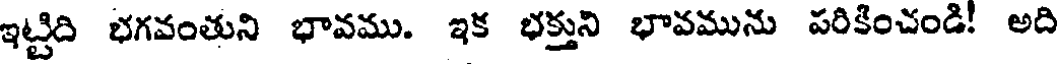
ఇట్టిది భగవంతుని భావము. ఇక భక్తుని భావమును పరికించండి! అది